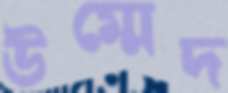
উম্মেদ